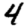
Digit: 4